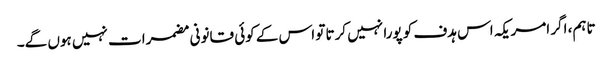
تاہم، اگر امریکہ اس ہدف کو پورا نہیں کرتا تو اس کے کوئی قانونی مضمرات نہیں ہوں گے۔